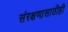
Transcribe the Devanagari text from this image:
संरक्षणासाठीही